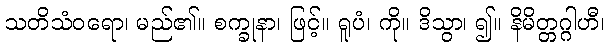
သတိသံဝရော၊ မည်၏။ စက္ခုနာ၊ ဖြင့်။ ရူပံ၊ ကို။ ဒိသွာ၊ ၍။ နိမိတ္တဂ္ဂါဟီ၊